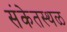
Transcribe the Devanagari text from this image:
संकेतस्‍थळ